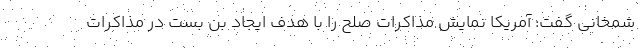
شمخانی گفت: آمریکا نمایش مذاکرات صلح را با هدف ایجاد بن بست در مذاکرات